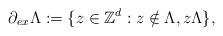
LaTeX: \begin{align*}\partial_{ex}\Lambda:=\{z\in \mathbb{Z}^d: z\notin \Lambda, z \Lambda \},\end{align*}